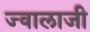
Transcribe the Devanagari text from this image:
ज्‍वालाजी